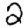
Digit: 2